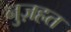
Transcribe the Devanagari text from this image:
नुज़हत